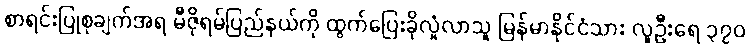
စာရင်းပြုစုချက်အရ မီဇိုရမ်ပြည်နယ်ကို ထွက်ပြေးခိုလှုံလာသူ မြန်မာနိုင်ငံသား လူဦးရေ ၃၇၀